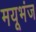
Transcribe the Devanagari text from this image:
मयूभंज